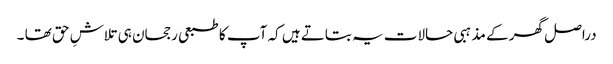
دراصل گھر کے مذہبی حالات یہ بتاتے ہیں کہ آپ کا طبعی رجحان ہی تلاشِ حق تھا ۔